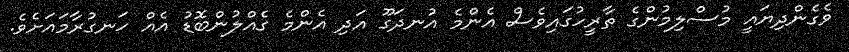
ވެގެންދިޔައީ މުސްލިމުންގެ ތާރީހުގައިވެސް އެންމެ އުނދަގޫ އަދި އެންމެ ގެއްލުންބޮޑު އެއް ހަނގުރާމައަށެވެ.